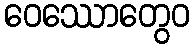
ဝေဿောတွေဝ